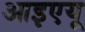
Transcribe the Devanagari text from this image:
आइएयू